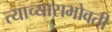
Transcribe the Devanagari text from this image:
त्याच्यासभोवती